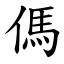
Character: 傌